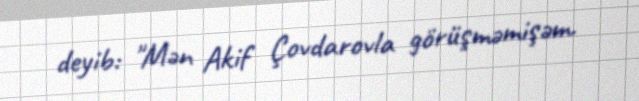
deyib: "Mən Akif Çovdarovla görüşməmişəm.